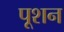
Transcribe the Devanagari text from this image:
पूशन